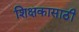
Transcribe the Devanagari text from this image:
शिक्षकासाठी